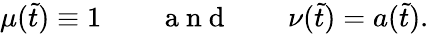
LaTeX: \mu(\tilde{t})\equiv 1\qquad\mathrm{~a~n~d~}\qquad\nu(\tilde{t})=a(\tilde{t}).